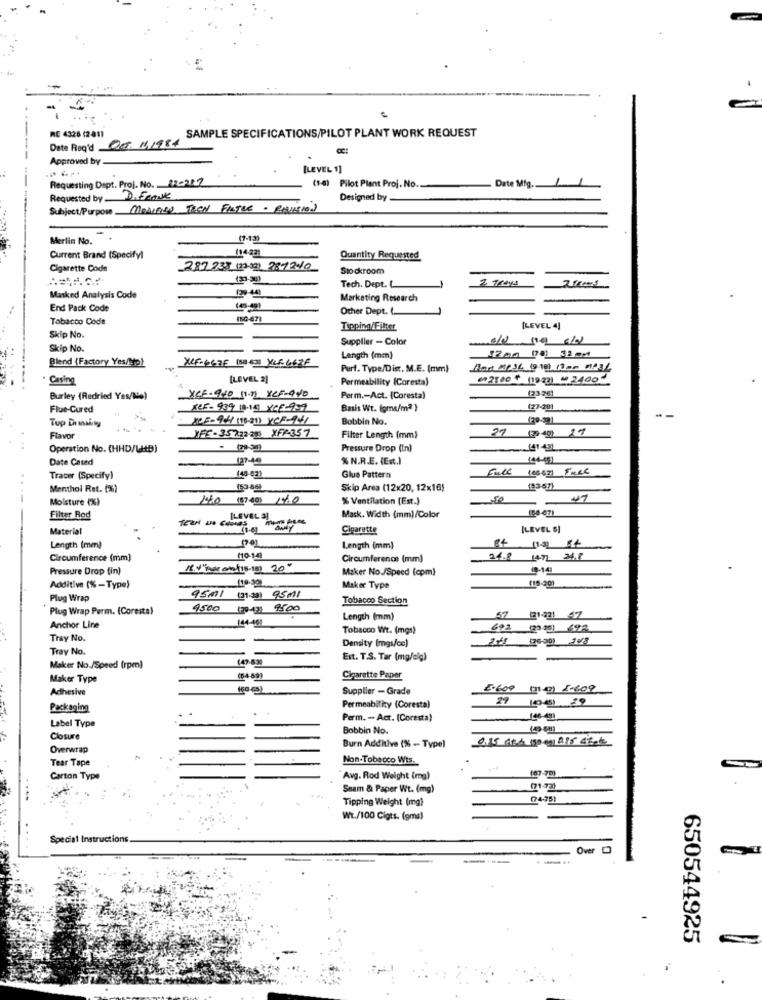
SAMPLE SPECIFICATIONS/PILOT PLANT WORK REQUEST
Date Req'd 00/11.1984
RE 4326 (2 81)
Approved by-
[LEVEL 1]
Requesting Dept. Proj. No. 220227
Date Mig.
------
(1-4) Pilot Plant Proj. No.
Requested by D. Frank
Designed by
Subject/Purpose MODIFIED TREN FILTER . POSITION
Merlin No.
7-1:31
(14-22)
Current Brand (Specifyl
Quantity Requested
Cigarette Code
287.238 (23-30) 287240
Stockroom
2 TRAYS
129-44)
Tech. Dept. L
Masked Analysis Code
Marketing Research
End Pack Code
Other Dept. (
Tobacco Code
150-671
Tipping/Filter
[LEVEL 4]
Skip No.
Supplier - Color
Skip No.
125g (78) 32 mm
Blend (Factory Yes/Stp)
Length (mm)
XCF-667E 188 63) XCF 662F
Perf. Type/Dist. M.E. (mm)
. Casing
[LEVEL 2]
Permeability (Coresta)
€2800 + (1923) # 2400#
(23-26)
Burley (Redried Yes/No)
XCF-920 11-2 XCF-940
Perm .- Act. (Coresta)
Flue-Cured
XCF- 939 18.19 YCE-959
Basis Wt. (gms/m2 }
(27-281
145-94 (10-21) YCF-141
Bobbin No.
IFF-35722-20 XFF-357
27
(29 -40) 27
Flavor
Filter Length (mm)
Operation No. (HHD/LB)
. (29.30)
Pressure Drop (In)
641431
Date Cated
% N.R.E. (Est.)
(44-45)
Full
Tracer (Specify)
(45-52)
Glue Pattern
Menthol Ret. (%)
Skip Area (12x20, 12x16)
(53-57)
...-
Moisture (%)
140 (87.40) 14.0
% Ventilation (Est.)
47
168-671
Filter Rod
Mask, Width (mm)/Color
Material
Cigarette
[LEVEL 5]
34
Length (mm)
Length (mm)
Circumference (mm)
(10-14)
Circumference (mm)
24.8 1471 M.f
Pressure Drop (in)
1.V"her on(15-18) 20"
Maker No./Speed (cpm)
(10-30)
(15-201
Additive (% -Type)
9501
Maker Type
Plug Wrap
Tobacco Section
Plug Wrap Perm. (Coresta)
4500
170-23 9500
(44-46)
Length (mm)
57
(21-421 57
Anchor Line
Tobacco Wt. (mgs)
692
Tray No.
Density (mgs/ce)
241
(26-30) 30/8
Tray No.
(47-53
Est. T.S. Tar (mg/dig)
Maker No./Speed (rpm)
Maker Type
Cigarette Paper
Adhesive
Supplier - Grade
Packaging
Permeability (Coresta)
Label Type
Perm. - Act. (Coresta)
Bobbin No.
Closure
Overwrap
Burn Additive (% - Type)
Tear Tape
Non-Tobacco Wts.
Carton Type
Avg. Rod Weight (mg)
(87.70)
Snam & Paper Wt. (mg)
Tipping Weight (mg)
(74-75)
Wt./100 Cigts. (gma)
Special Instructions.
Over D
.-..
650544925